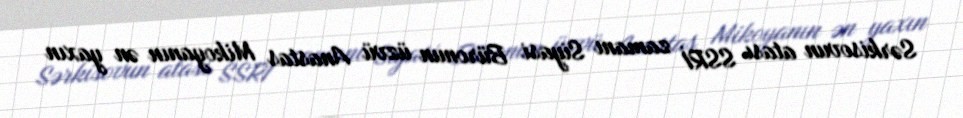
Sərkisovun atası SSRİ zamanı Siyasi Büronun üzvü Anastas Mikoyanın ən yaxın